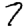
Digit: 7